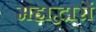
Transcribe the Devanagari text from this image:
महाद्वारों